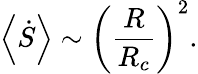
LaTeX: \left<\dot{S}\right>\sim\left(\frac{R}{R_{c}}\right)^{2}.